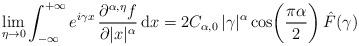
LaTeX: \begin{align*}\lim_{\eta\to0} \int_{- \infty}^{+\infty}e^{ i \gamma x} \, \frac{\partial^{\alpha, \eta} f}{\partial|x|^{\alpha}} \, \mathrm{d} x= 2 C_{\alpha, 0} \, |\gamma|^{\alpha}\cos\biggl( \frac{\pi\alpha}{2} \biggr)\, \hat{F}(\gamma)\end{align*}